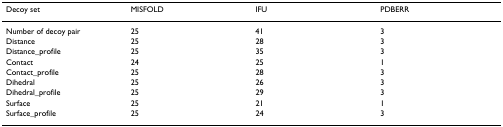
| Decoy set | MISFOLD | IFU | PDBERR |
 | --- | --- | --- | --- |
 | Number of decoy pair | 25 | 41 | 3 |
 | Distance | 25 | 28 | 3 |
 | Distance_profile | 25 | 35 | 3 |
 | Contact | 24 | 25 | 1 |
 | Contact_profile | 25 | 28 | 3 |
 | Dihedral | 25 | 26 | 3 |
 | Dihedral_profile | 25 | 29 | 3 |
 | Surface | 25 | 21 | 1 |
 | Surface_profile | 25 | 24 | 3 |